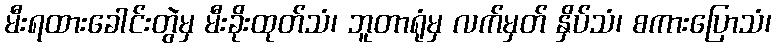
မီးရထားခေါင်းတွဲမှ မီးခိုးထုတ်သံ၊ ဘူတာရုံမှ လက်မှတ် နှိပ်သံ၊ စကားပြောသံ၊